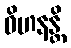
ဝိဟနန္တိ